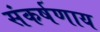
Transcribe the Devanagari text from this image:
संकर्षणाय